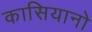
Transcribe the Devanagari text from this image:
कासियानो